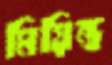
মিয়িন্ত